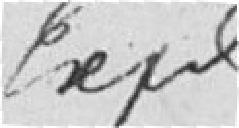
expd